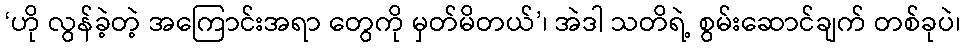
‘ဟို လွန်ခဲ့တဲ့ အကြောင်းအရာ တွေကို မှတ်မိတယ်’၊ အဲဒါ သတိရဲ့ စွမ်းဆောင်ချက် တစ်ခုပဲ၊